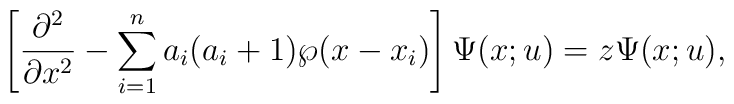
\left[{\partial^2\over \partial x^2 } - \sum_{i=1}^n a_i(a_i+1)\wp(x-x_i)\right]\Psi(x;u)= z\Psi(x;u),